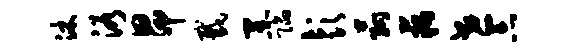
沐浴昂截黑陷彭菰藕世忘